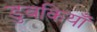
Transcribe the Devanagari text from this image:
डुबकियाँ